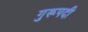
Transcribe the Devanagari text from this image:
गुरूपदी